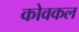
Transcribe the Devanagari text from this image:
कोवकल